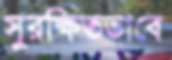
সুরক্ষিতভাবে